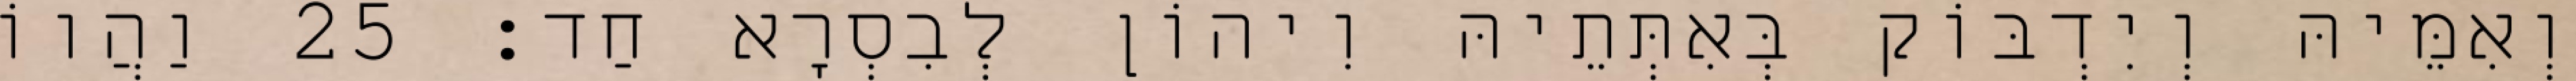
וְאִמֵּיהּ וְיִדְבּוֹק בְּאִתְּתֵיהּ וִיהוֹן לְבִסְרָא חַד׃ 25 וַהֲווֹ